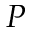
P